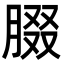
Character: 腏